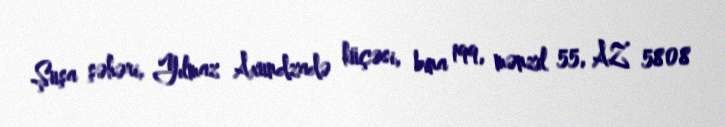
Şuşa şəhəri, Yılmaz Axundzadə küçəsi, bina 199, mənzil 55, AZ 5808